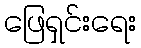
ဖြေရှင်းရေး